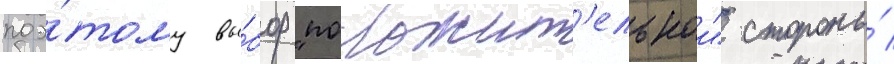
поэ́тому вы́бор "положит'ельнои" стороны́